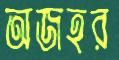
অজহর